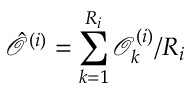
\hat { \mathcal { O } } ^ { ( i ) } = \sum _ { k = 1 } ^ { R _ { i } } \mathcal { O } _ { k } ^ { ( i ) } / R _ { i }